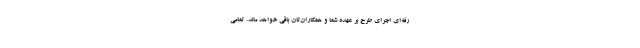
رفه‌ای اجرای طرح بر عهده شما و همکاران‌تان باقی خواهد ماند. تمامی